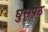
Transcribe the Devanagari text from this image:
घुसपेठ